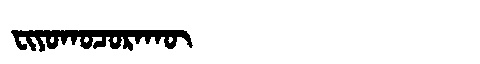
Manchu: ᠸᡳᠶᠣᡴᠣᠴᠣᡵᠠᡴᡡ
Romanization: FIYOKOCORAKŪ